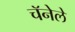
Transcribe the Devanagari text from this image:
चॅनेले